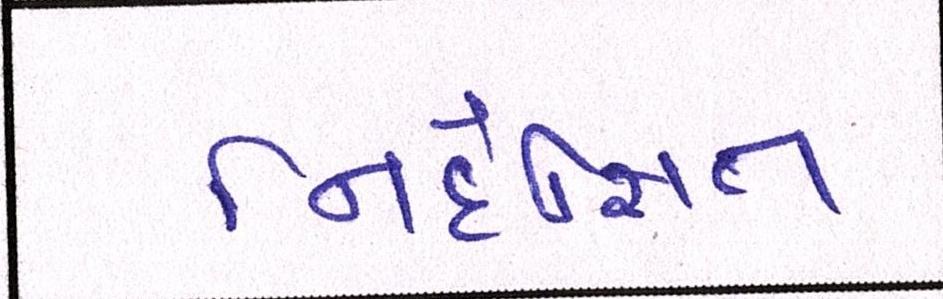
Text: નિર્દેશિત